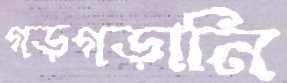
গড়গড়ানি